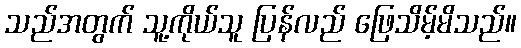
သည်အတွက် သူ့ကိုယ်သူ ပြန်လည် ဖြေသိမ့်မိသည်။